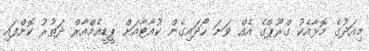
މިއަދުގެ މޮޅާއެކު ގްރޫޕްގެ އެއް ވަނަ ހޯދައިގެން ކުއާޓާއަށް ޕީޑީއެމްއާރް ދަތުރު ކޮށްފައި